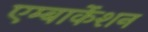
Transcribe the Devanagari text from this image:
एम्बार्केशन